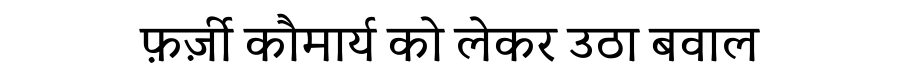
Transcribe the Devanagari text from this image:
फ़र्ज़ी कौमार्य को लेकर उठा बवाल